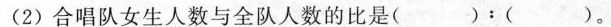
(2)合唱队女生人数与全队人数的比是( )：( )